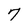
Character: 7